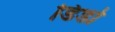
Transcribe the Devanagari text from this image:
डिडो